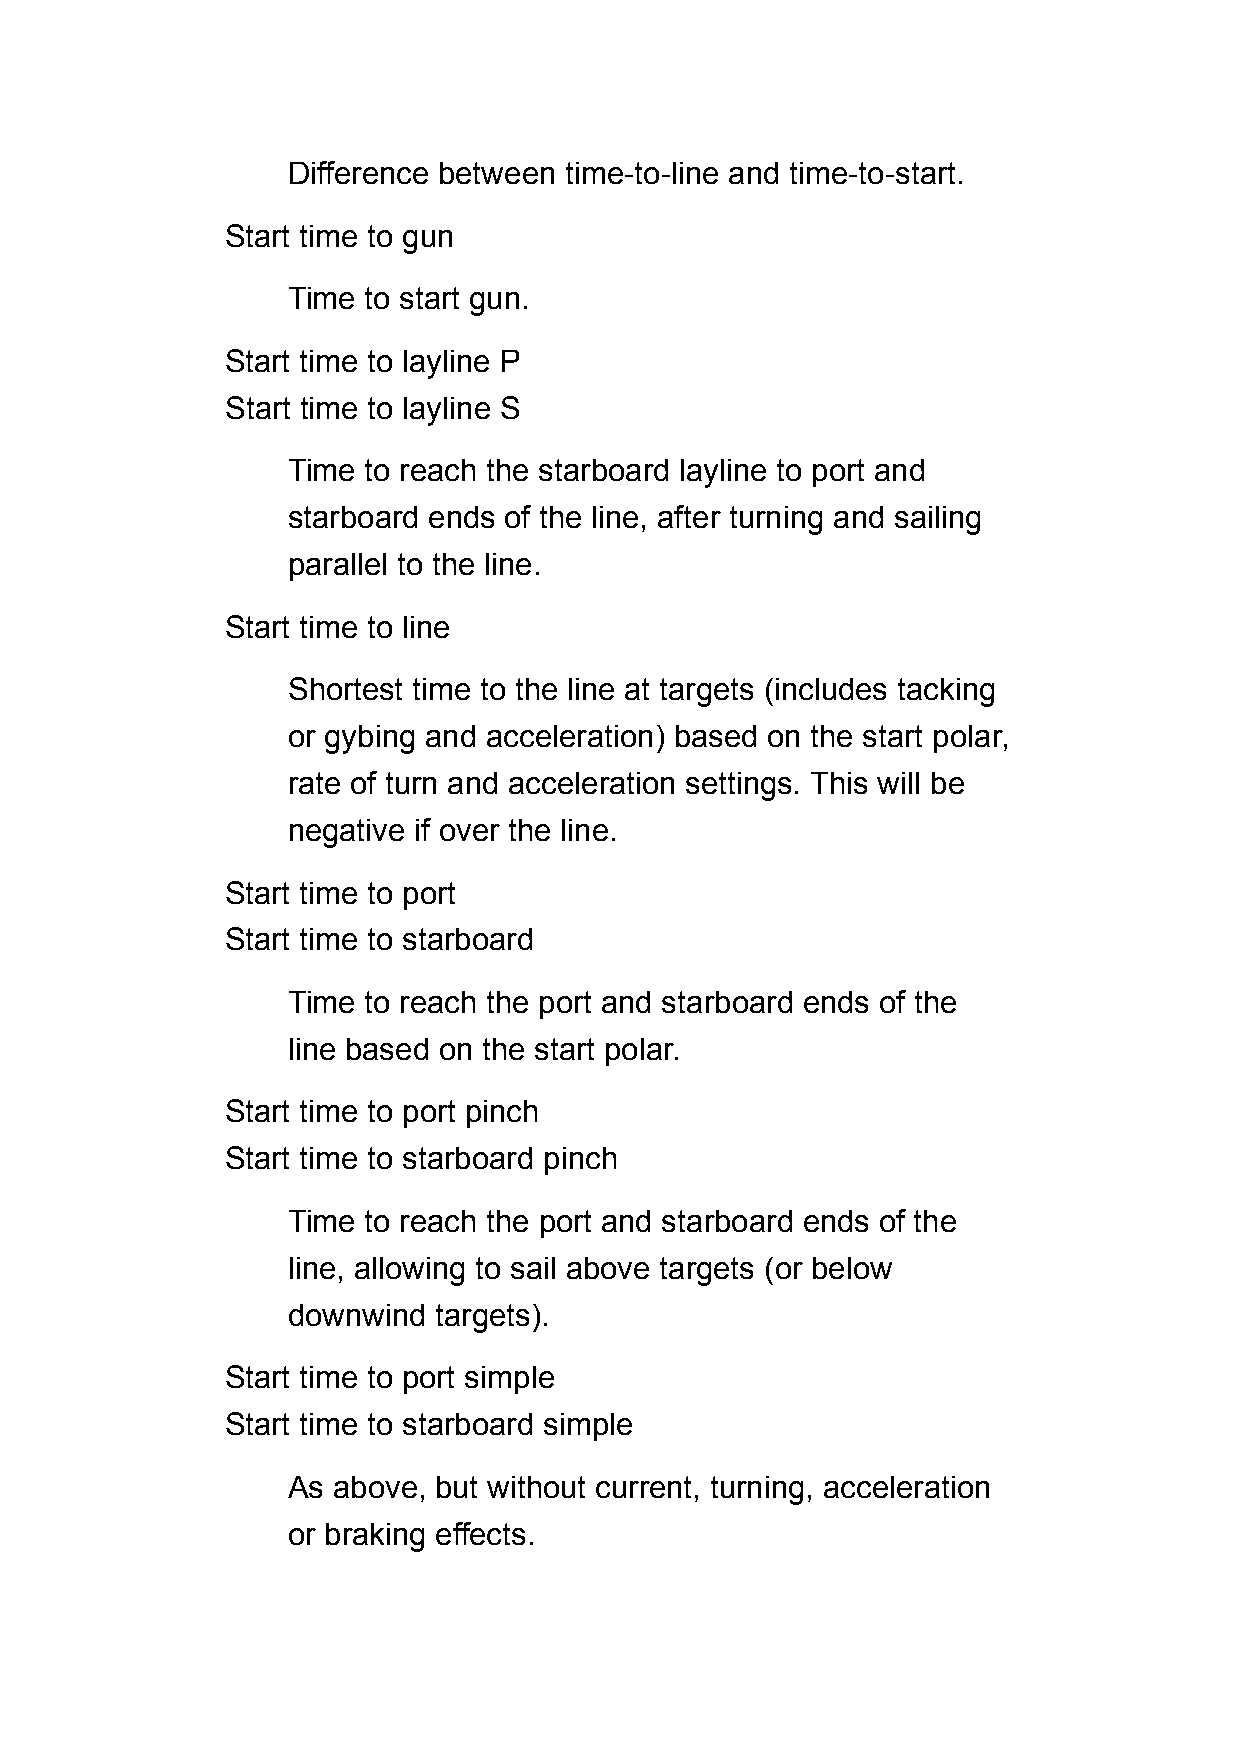
Difference between time-to-line and time-to-start.
 Start time to gun
 Time to start gun.
 Start time to layline P
 Start time to layline S
 Time to reach the starboard layline to port and
 starboard ends of the line, after turning and sailing
 parallel to the line.
 Start time to line
 Shortest time to the line at targets (includes tacking
 or gybing and acceleration) based on the start polar,
 rate of turn and acceleration settings. This will be
 negative if over the line.
 Start time to port
 Start time to starboard
 Time to reach the port and starboard ends of the
 line based on the start polar.
 Start time to port pinch
 Start time to starboard pinch
 Time to reach the port and starboard ends of the
 line, allowing to sail above targets (or below
 downwind  targets).
 Start time to port simple
 Start time to starboard simple
 As above, but without current, turning, acceleration
 or braking effects.